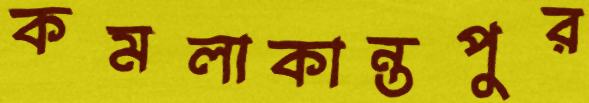
কমলাকান্তপুর